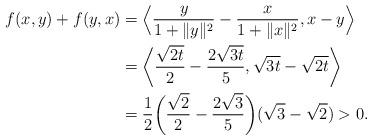
LaTeX: \begin{align*}f(x,y)+f(y,x)&=\Big\langle \dfrac{y}{1+\|y\|^2}-\dfrac{x}{1+\|x\|^2},x-y\Big\rangle\\&=\bigg\langle \dfrac{\sqrt{2t}}{2}-\dfrac{2\sqrt{3t}}{5},\sqrt{3t}-\sqrt{2t}\bigg\rangle\\&=\dfrac{1}{2}\bigg(\dfrac{\sqrt{2}}{2}-\dfrac{2\sqrt{3}}{5}\bigg)(\sqrt{3}-\sqrt{2})>0.\end{align*}